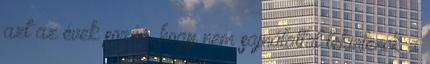
azt az évek során, hogy nem sajnálattal tekintenek a